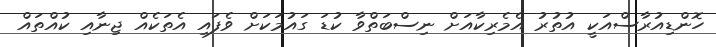
ހޮންޑިއުރާސްއަކީ އުތުރު އެމެރިކާއަށް ނިސްބަތްވާ ކުޑަ ގައުމަކަށް ވެފައި އެތަކެއް ޖިނާއި ކުއްތައް